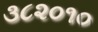
૩૮૨૦૧૦